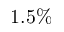
1 . 5 \%